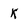
Character: K